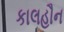
કાલહૌન